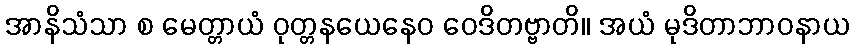
အာနိသံသာ စ မေတ္တာယံ ဝုတ္တနယေနေဝ ဝေဒိတဗ္ဗာတိ။ အယံ မုဒိတာဘာဝနာယ